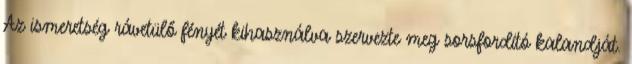
Az ismeretség rávetülő fényét kihasználva szervezte meg sorsfordító kalandját.